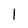
Character: l